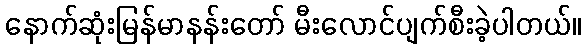
နောက်ဆုံးမြန်မာနန်းတော် မီးလောင်ပျက်စီးခဲ့ပါတယ်။